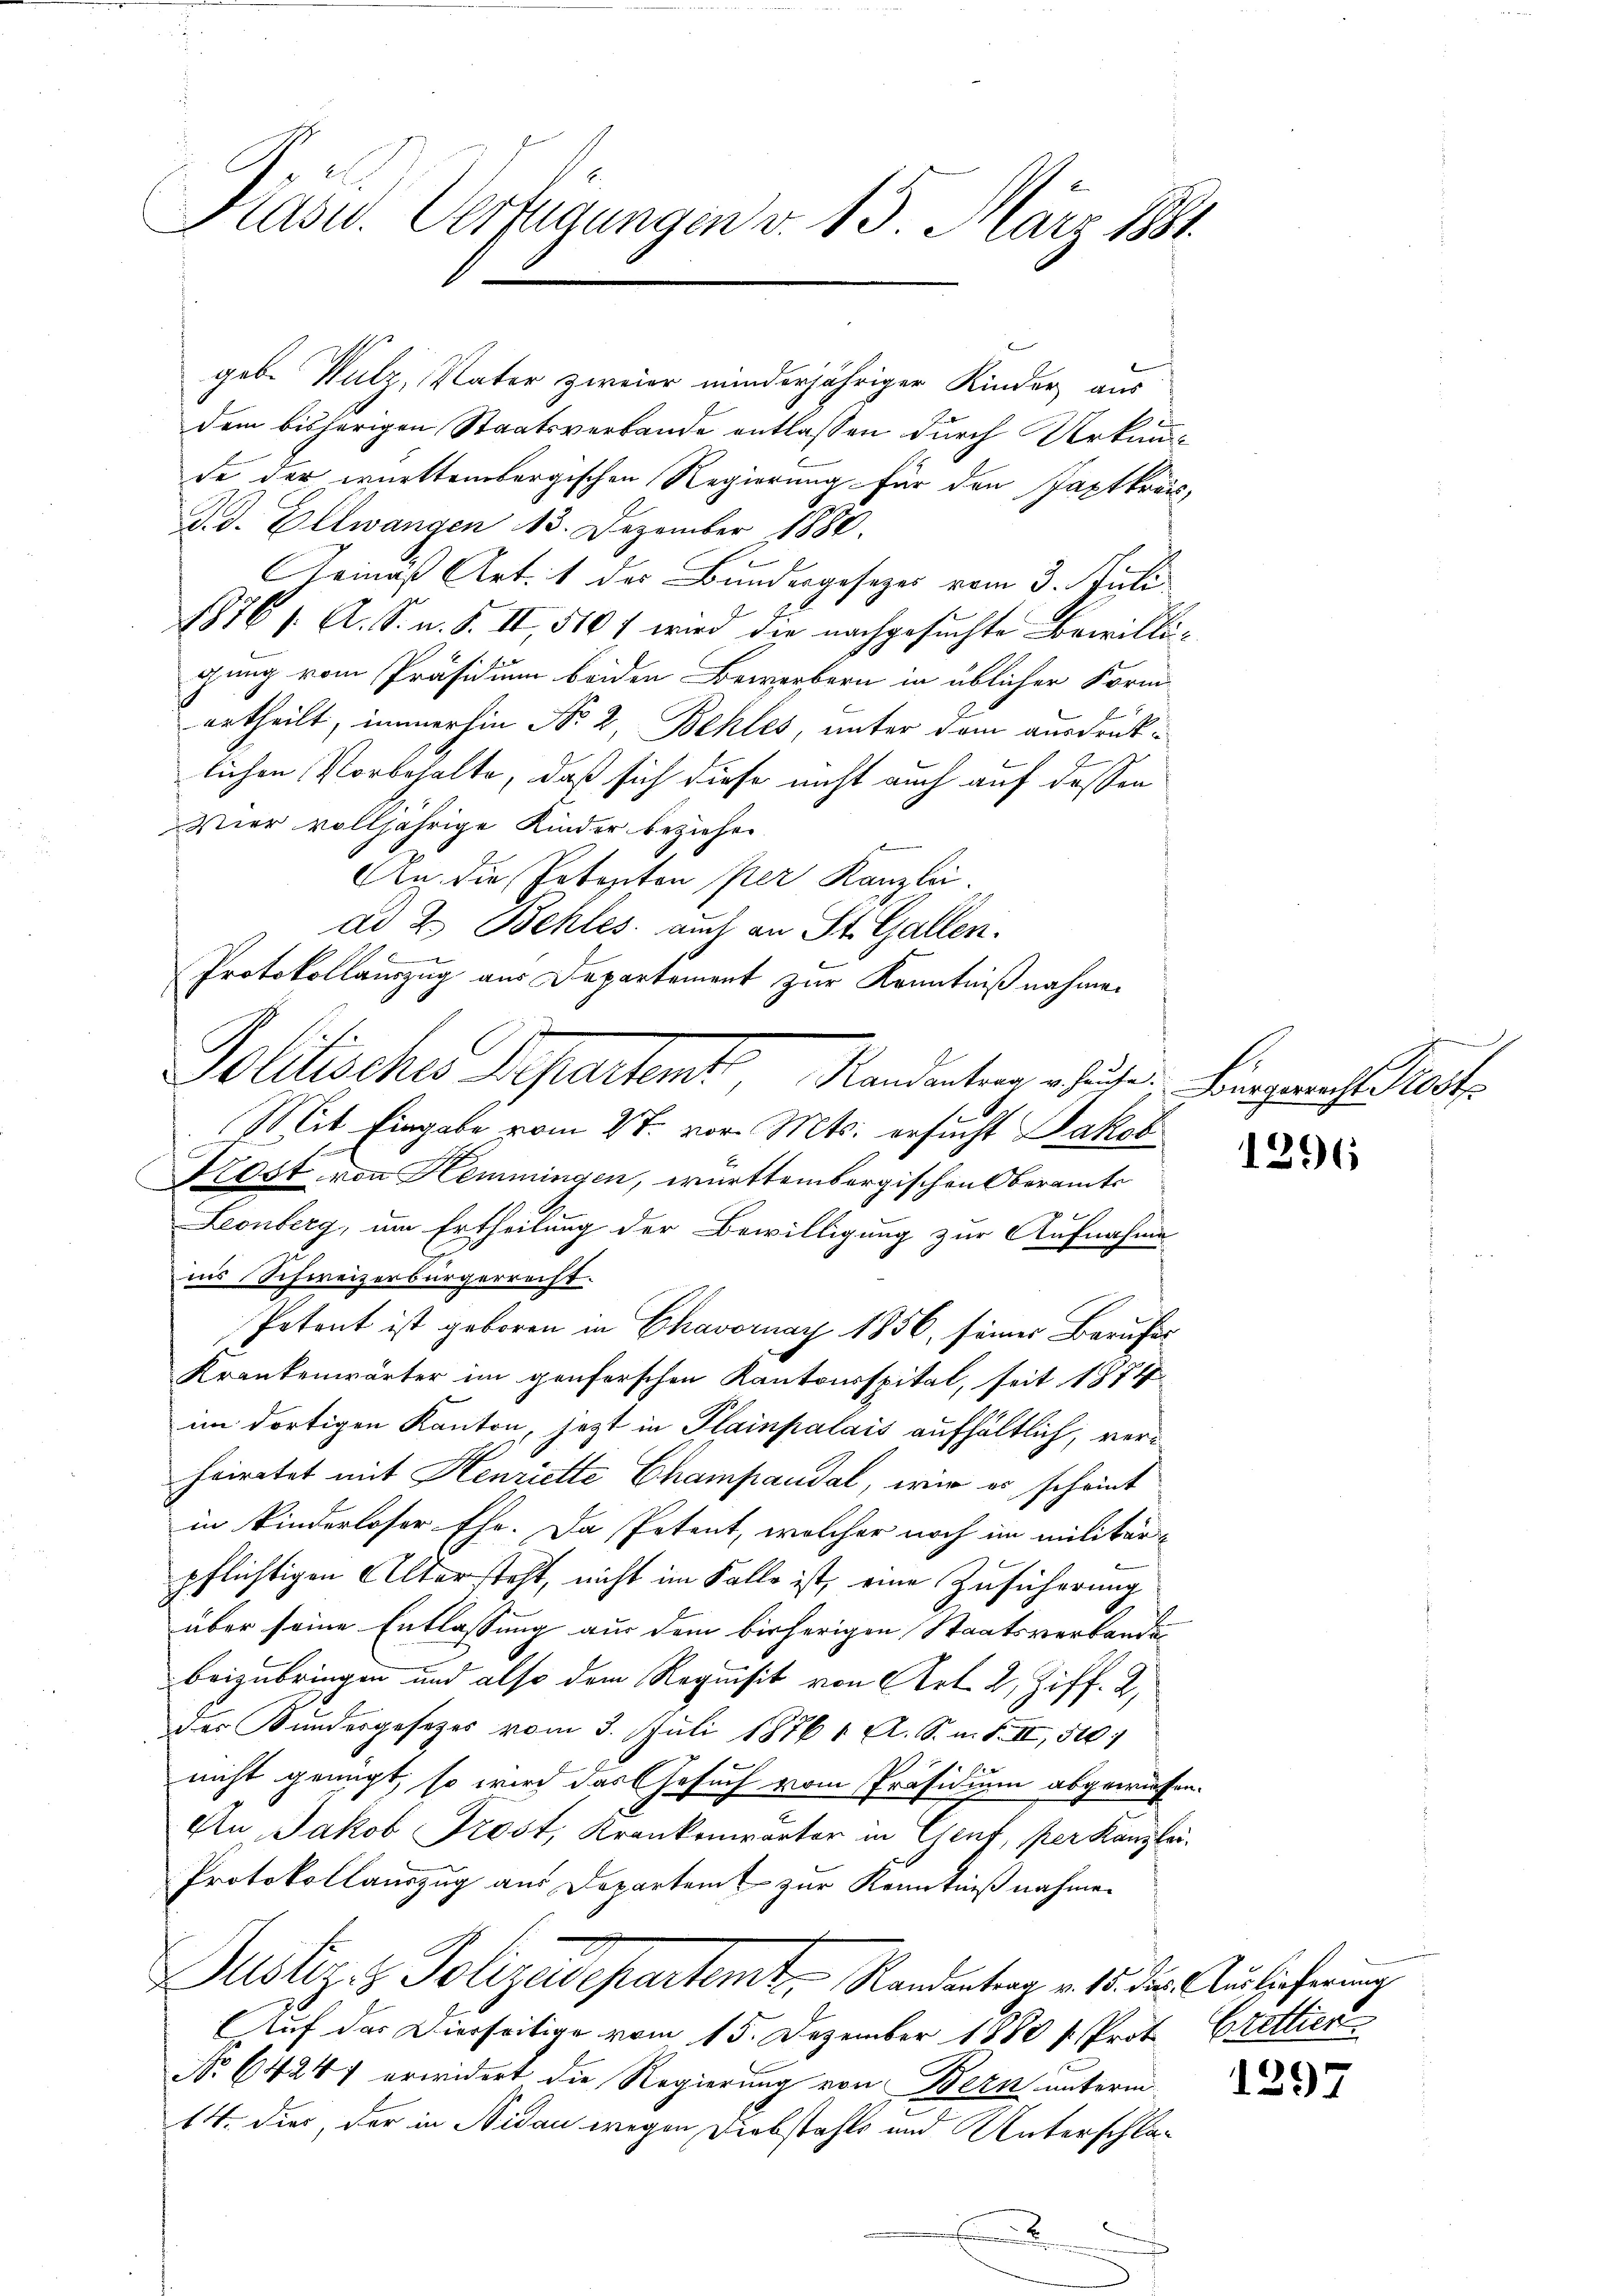
Pasu. Verfügungen v. 15. März 1881.

geb. Wulz, Vater zweier minderjähriger Kinder aus
dem bisherigen Staatsverbande entlassen durch Urkunde der württembergischen Regierung für den Japtkreisd. d. Ellwangen 13. Dezember 1880.
rinaß Art. 1 des Bundesgesezes vom 3. Juli
1761. A. S. u. S. II, 516 f wird die nachgesuchte Bewilligung vom Präsidium beiden Bewerbern in üblicher Form-
urtheilt, immerhin No 2, Behles, unter dem ausdruck-
lichen Vorbehalte, daß sich diese nicht auch auf dessen
Vier volljährige Kinder beziehen
Ag. die Petenten per Kanzlei.
ad 2. Behles. auch an St. Gallen.
b
Protokollauszug aus Departement zur Kenntnißnahmen
1
Mit Eingabe vom 2t. vor. Mts. ersucht Jakob
Frost, von Hemmingen, württembergischen Oberamts
Leonberg, um Ertheilung der Bewilligung zur Aufnahme
ins Schweizerbürgerrecht.
Petont ist geboren in Chavornay 1856, seiner Berufes
Krankenwärter im genferschen Kantonsspital, seit 1874
im dortigen Kanton, jezt in Plainpalais aufhältlich, verheiratet mit Henriette Champandal, wir es scheint
in kinderloser Ehe. Da Petent, welcher noch im militär-
pflichtigen Altersteht, nicht im Falle ist, eine Zusicherung
über seine Entlassung aus dem bisherigen Staatsverbanden
beizubringen und also dem Requisit von Art. 2, Ziff. 2,
der Kundesgesezes vom 3. Juli 1876 1 A. S. m. F. II, 507
nicht genügt, so wird das Gesuch vom Präsidium abgewiesen.
An Jakob Trost, Krankenwärter in Gent, per Kanzlei.
Protokollauszug aus Departent zur Kenntniß nahmen
Justizis Polizeidepartemt, Randentrag v. 15. die Auslieferung
Auf das Dierseitige vom 15. Dezember 1880 u. Prof. Brettier
No 64247 erwidert die Regierung von Bern unterm
14. dies, der in Nidau wegen Diebstahls und Unterschla¬
.

Politisches Departemt, Mandantengesuche Vorgericht Kette

.

1296

1297